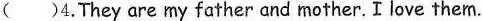
( )4.They are my father and mother.I love them.